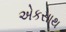
એકસાથ